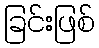
ခြင်းဖြစ်